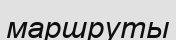
маршруты